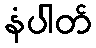
နံပါတ်